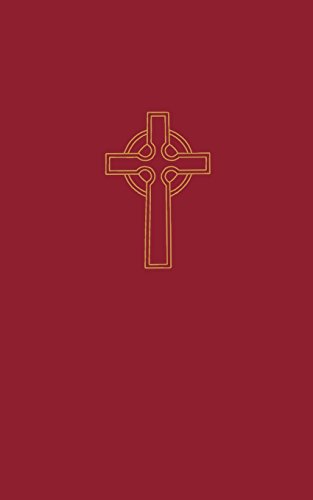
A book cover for Book of Common Worship--1946: 1946 Edition; Westminster John Knox Press; Christian Books & Bibles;